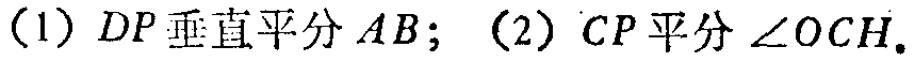
(1) \(DP\)垂直平分\(AB\); (2) \(CP\)平分\(\angle OCH\).